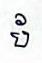
ប័